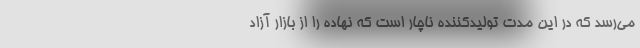
می‌رسد که در این مدت تولیدکننده ناچار است که نهاده را از بازار آزاد